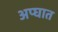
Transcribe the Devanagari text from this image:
अप्घात